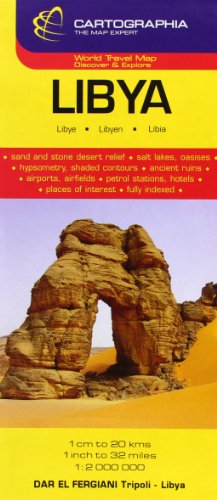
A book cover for Libya (Cartographia Country Maps) (English, French and German Edition); Cartographia; Travel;